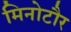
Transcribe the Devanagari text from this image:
मिनोटौर